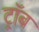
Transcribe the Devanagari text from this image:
ट्रॉब